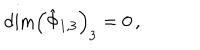
\textrm { d i m } \left( \hat { \Phi } _ { 1 , 3 } \right) _ { 3 } = 0 \, ,